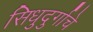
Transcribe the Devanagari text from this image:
सिधुदुर्गाचे